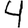
Digit: 4